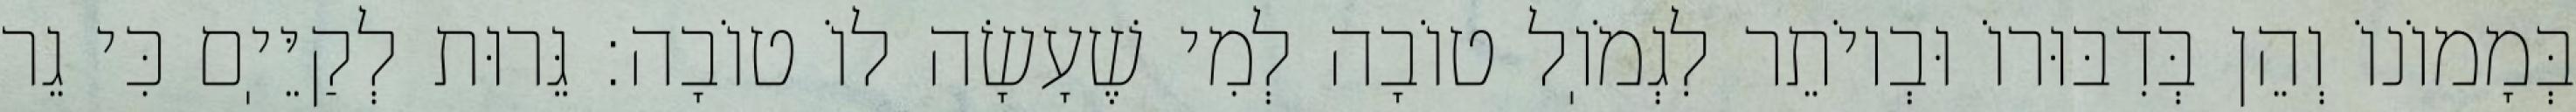
בְּמָמוֹנוֹ וְהֵן בְּדִבּוּרוֹ וּבְיוֹתֵר לִגְמֹוֽל טוֹבָה לְמִי שֶׁעָשָׂה לוֹ טוֹבָה: גֵּרוּת לְקַיֵּיֽם כִּי גֵר